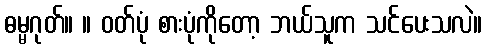
ဓမ္မဂုတ်။ ။ ဝတ်ပုံ စားပုံကိုတော့ ဘယ်သူက သင်ပေးသလဲ။